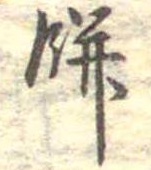
餅